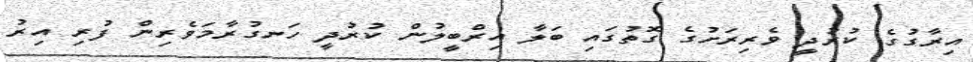
އިރާގުގެ ކުރުދީ ވެރިރަށުގެ ގޮތުގައި ބަލާ އިރްބީލުން ކުރުދީ ހަނގުރާމަވެރިން ފުރި އިރު